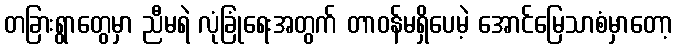
တခြားရွာတွေမှာ ညီမရဲ လုံခြုံရေးအတွက် တာဝန်မရှိပေမဲ့ အောင်မြေသာစံမှာတော့